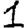
Digit: 1